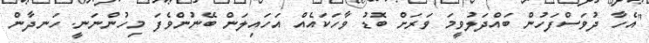
"އެހާ ދުވަސްފަހުން ބައްދަލުވީމަ ވަރަށް ބޮޑު ވާހަކައެއް އަހައިލަން ބޭނުންވެފަ މިހުންނަނީ. ހަނދާން